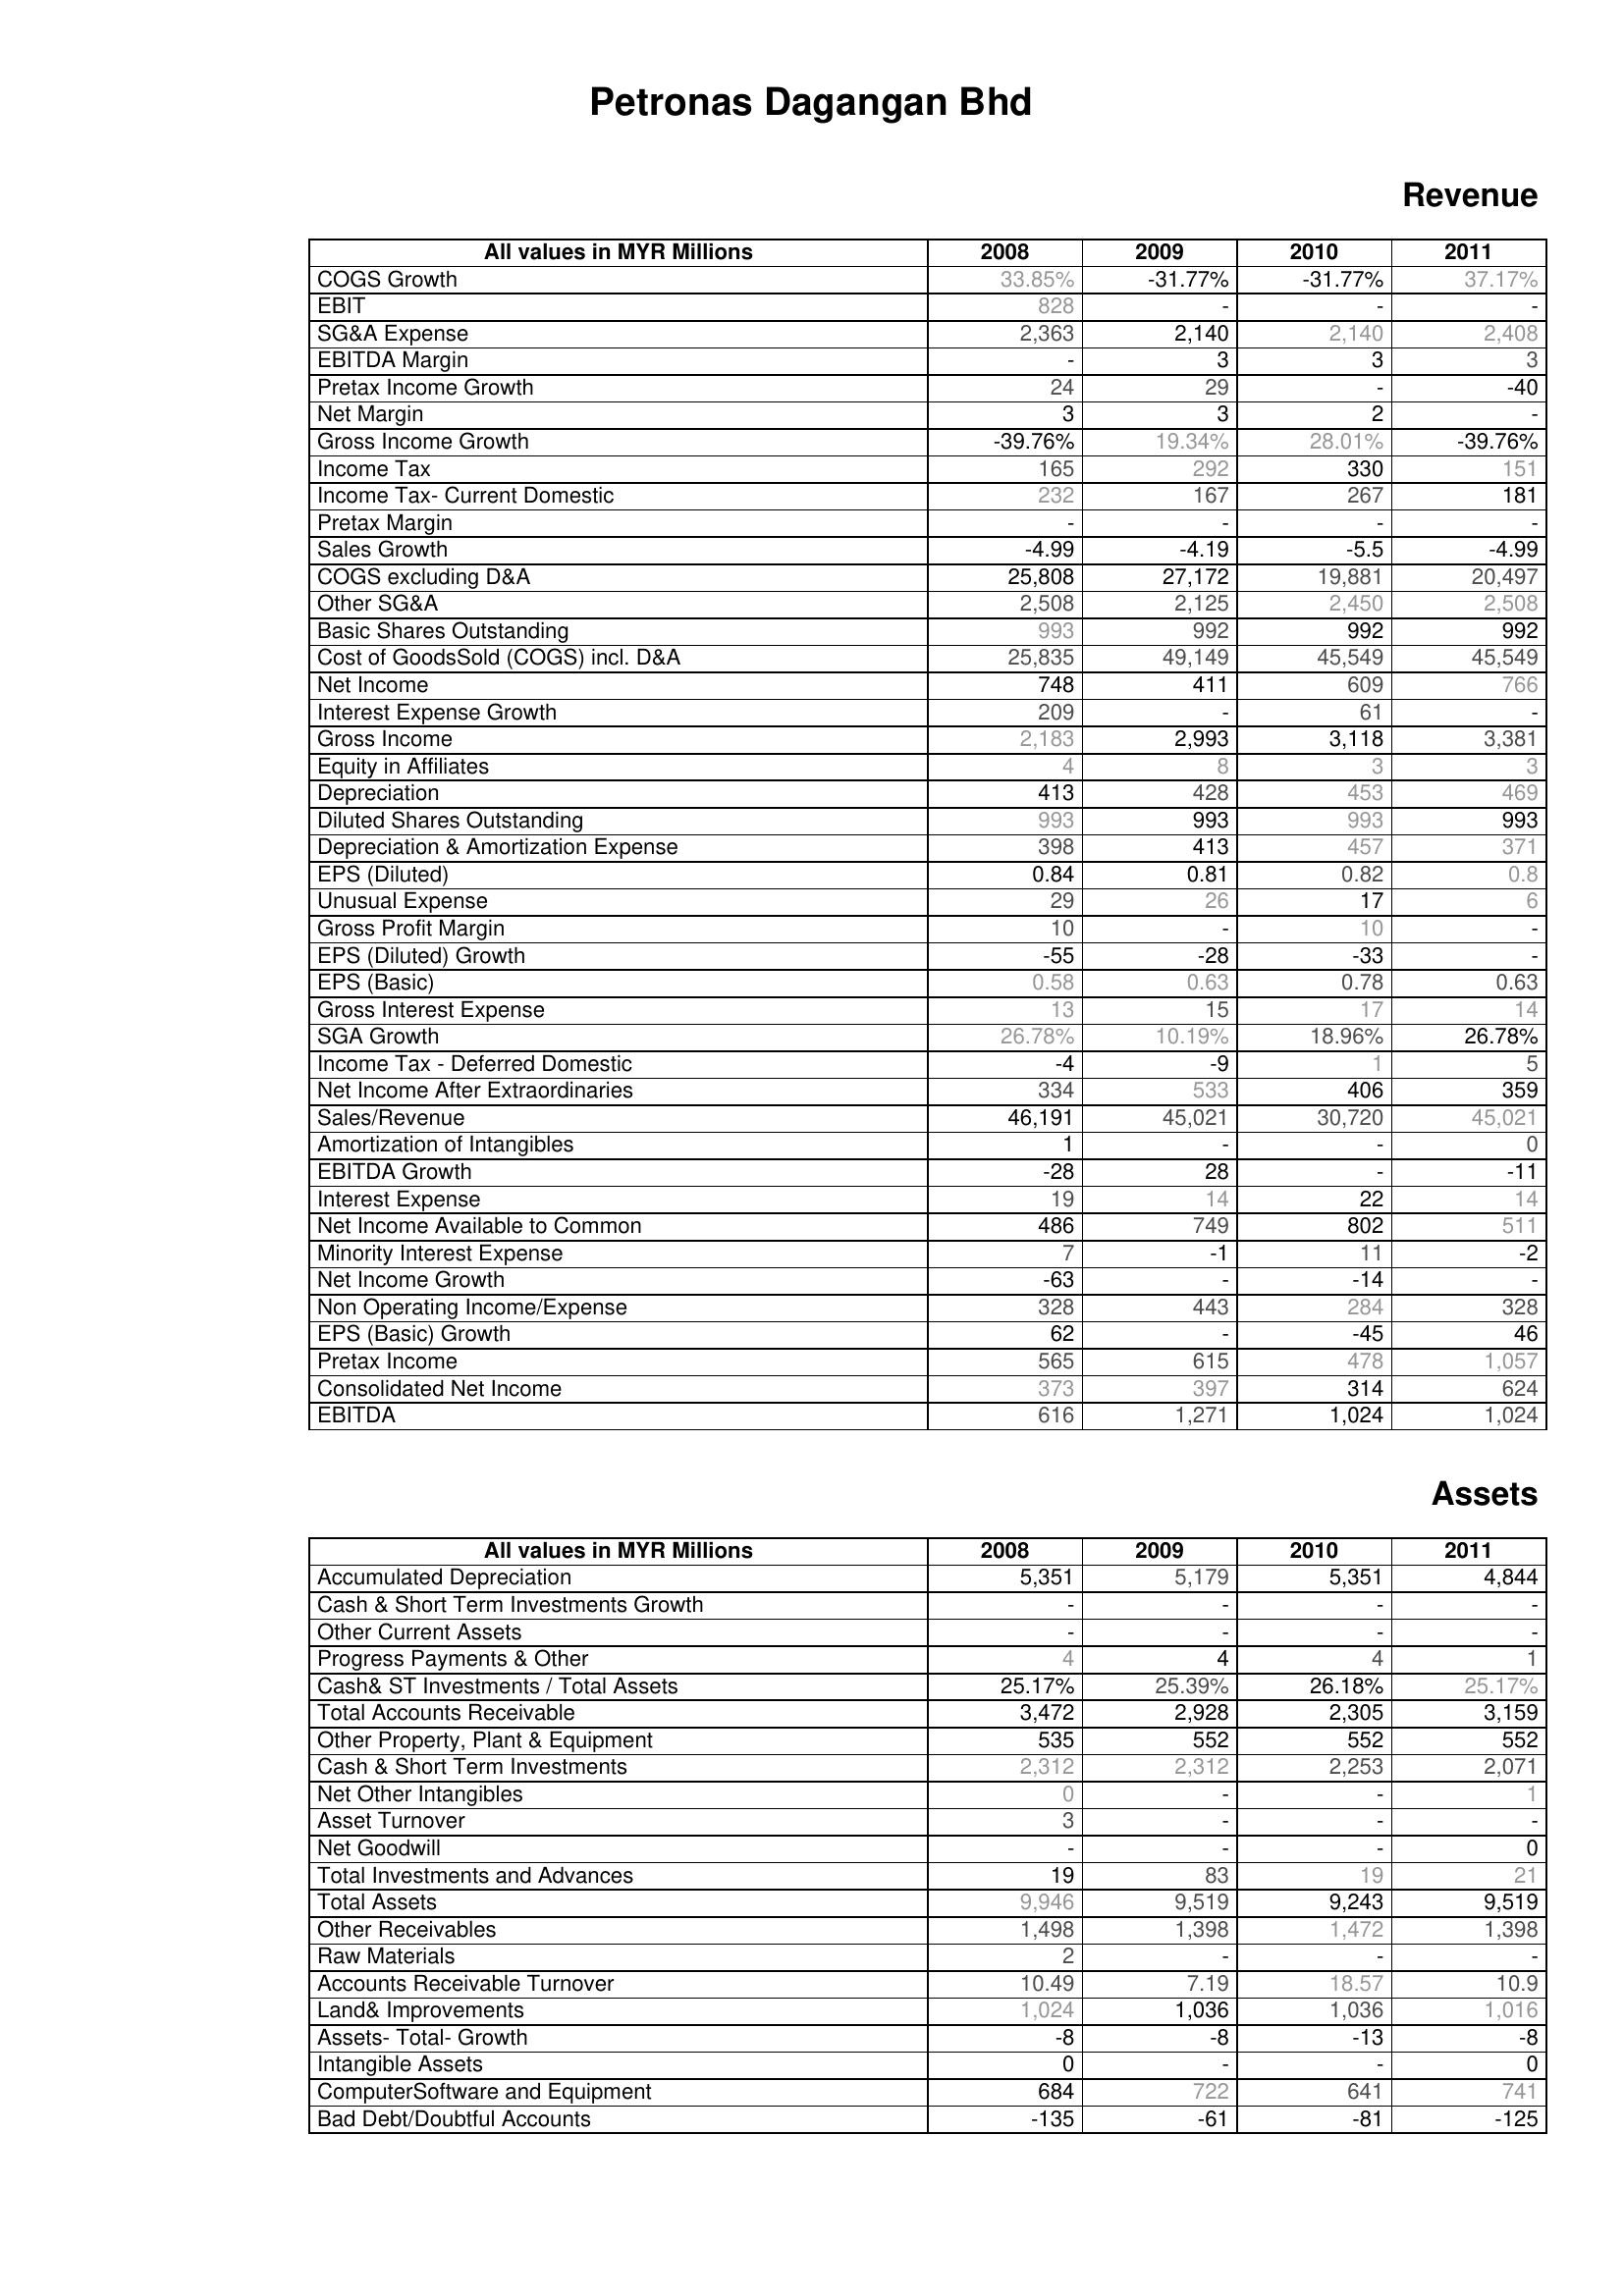
2008: Revenue: COGS Growth: 33.85%
EBIT: 828
SG&A Expense: 2,363
EBITDA Margin: -
Pretax Income Growth: 24
Net Margin: 3
Gross Income Growth: -39.76%
Income Tax: 165
Income Tax- Current Domestic: 232
Pretax Margin: -
Sales Growth: -4.99
COGS excluding D&A: 25,808
Other SG&A: 2,508
Basic Shares Outstanding: 993
Cost of GoodsSold (COGS) incl. D&A: 25,835
Net Income: 748
Interest Expense Growth: 209
Gross Income: 2,183
Equity in Affiliates: 4
Depreciation: 413
Diluted Shares Outstanding: 993
Depreciation & Amortization Expense: 398
EPS (Diluted): 0.84
Unusual Expense: 29
Gross Profit Margin: 10
EPS (Diluted) Growth: -55
EPS (Basic): 0.58
Gross Interest Expense: 13
SGA Growth: 26.78%
Income Tax - Deferred Domestic: -4
Net Income After Extraordinaries: 334
Sales/Revenue: 46,191
Amortization of Intangibles: 1
EBITDA Growth: -28
Interest Expense: 19
Net Income Available to Common: 486
Minority Interest Expense: 7
Net Income Growth: -63
Non Operating Income/Expense: 328
EPS (Basic) Growth: 62
Pretax Income: 565
Consolidated Net Income: 373
EBITDA: 616
Assets: Accumulated Depreciation: 5,351
Cash & Short Term Investments Growth: -
Other Current Assets: -
Progress Payments & Other: 4
Cash& ST Investments / Total Assets: 25.17%
Total Accounts Receivable: 3,472
Other Property, Plant & Equipment: 535
Cash & Short Term Investments: 2,312
Net Other Intangibles: 0
Asset Turnover: 3
Net Goodwill: -
Total Investments and Advances: 19
Total Assets: 9,946
Other Receivables: 1,498
Raw Materials: 2
Accounts Receivable Turnover: 10.49
Land& Improvements: 1,024
Assets- Total- Growth: -8
Intangible Assets: 0
ComputerSoftware and Equipment: 684
Bad Debt/Doubtful Accounts: -135
2009: Revenue: COGS Growth: -31.77%
EBIT: -
SG&A Expense: 2,140
EBITDA Margin: 3
Pretax Income Growth: 29
Net Margin: 3
Gross Income Growth: 19.34%
Income Tax: 292
Income Tax- Current Domestic: 167
Pretax Margin: -
Sales Growth: -4.19
COGS excluding D&A: 27,172
Other SG&A: 2,125
Basic Shares Outstanding: 992
Cost of GoodsSold (COGS) incl. D&A: 49,149
Net Income: 411
Interest Expense Growth: -
Gross Income: 2,993
Equity in Affiliates: 8
Depreciation: 428
Diluted Shares Outstanding: 993
Depreciation & Amortization Expense: 413
EPS (Diluted): 0.81
Unusual Expense: 26
Gross Profit Margin: -
EPS (Diluted) Growth: -28
EPS (Basic): 0.63
Gross Interest Expense: 15
SGA Growth: 10.19%
Income Tax - Deferred Domestic: -9
Net Income After Extraordinaries: 533
Sales/Revenue: 45,021
Amortization of Intangibles: -
EBITDA Growth: 28
Interest Expense: 14
Net Income Available to Common: 749
Minority Interest Expense: -1
Net Income Growth: -
Non Operating Income/Expense: 443
EPS (Basic) Growth: -
Pretax Income: 615
Consolidated Net Income: 397
EBITDA: 1,271
Assets: Accumulated Depreciation: 5,179
Cash & Short Term Investments Growth: -
Other Current Assets: -
Progress Payments & Other: 4
Cash& ST Investments / Total Assets: 25.39%
Total Accounts Receivable: 2,928
Other Property, Plant & Equipment: 552
Cash & Short Term Investments: 2,312
Net Other Intangibles: -
Asset Turnover: -
Net Goodwill: -
Total Investments and Advances: 83
Total Assets: 9,519
Other Receivables: 1,398
Raw Materials: -
Accounts Receivable Turnover: 7.19
Land& Improvements: 1,036
Assets- Total- Growth: -8
Intangible Assets: -
ComputerSoftware and Equipment: 722
Bad Debt/Doubtful Accounts: -61
2010: Revenue: COGS Growth: -31.77%
EBIT: -
SG&A Expense: 2,140
EBITDA Margin: 3
Pretax Income Growth: -
Net Margin: 2
Gross Income Growth: 28.01%
Income Tax: 330
Income Tax- Current Domestic: 267
Pretax Margin: -
Sales Growth: -5.5
COGS excluding D&A: 19,881
Other SG&A: 2,450
Basic Shares Outstanding: 992
Cost of GoodsSold (COGS) incl. D&A: 45,549
Net Income: 609
Interest Expense Growth: 61
Gross Income: 3,118
Equity in Affiliates: 3
Depreciation: 453
Diluted Shares Outstanding: 993
Depreciation & Amortization Expense: 457
EPS (Diluted): 0.82
Unusual Expense: 17
Gross Profit Margin: 10
EPS (Diluted) Growth: -33
EPS (Basic): 0.78
Gross Interest Expense: 17
SGA Growth: 18.96%
Income Tax - Deferred Domestic: 1
Net Income After Extraordinaries: 406
Sales/Revenue: 30,720
Amortization of Intangibles: -
EBITDA Growth: -
Interest Expense: 22
Net Income Available to Common: 802
Minority Interest Expense: 11
Net Income Growth: -14
Non Operating Income/Expense: 284
EPS (Basic) Growth: -45
Pretax Income: 478
Consolidated Net Income: 314
EBITDA: 1,024
Assets: Accumulated Depreciation: 5,351
Cash & Short Term Investments Growth: -
Other Current Assets: -
Progress Payments & Other: 4
Cash& ST Investments / Total Assets: 26.18%
Total Accounts Receivable: 2,305
Other Property, Plant & Equipment: 552
Cash & Short Term Investments: 2,253
Net Other Intangibles: -
Asset Turnover: -
Net Goodwill: -
Total Investments and Advances: 19
Total Assets: 9,243
Other Receivables: 1,472
Raw Materials: -
Accounts Receivable Turnover: 18.57
Land& Improvements: 1,036
Assets- Total- Growth: -13
Intangible Assets: -
ComputerSoftware and Equipment: 641
Bad Debt/Doubtful Accounts: -81
2011: Revenue: COGS Growth: 37.17%
EBIT: -
SG&A Expense: 2,408
EBITDA Margin: 3
Pretax Income Growth: -40
Net Margin: -
Gross Income Growth: -39.76%
Income Tax: 151
Income Tax- Current Domestic: 181
Pretax Margin: -
Sales Growth: -4.99
COGS excluding D&A: 20,497
Other SG&A: 2,508
Basic Shares Outstanding: 992
Cost of GoodsSold (COGS) incl. D&A: 45,549
Net Income: 766
Interest Expense Growth: -
Gross Income: 3,381
Equity in Affiliates: 3
Depreciation: 469
Diluted Shares Outstanding: 993
Depreciation & Amortization Expense: 371
EPS (Diluted): 0.8
Unusual Expense: 6
Gross Profit Margin: -
EPS (Diluted) Growth: -
EPS (Basic): 0.63
Gross Interest Expense: 14
SGA Growth: 26.78%
Income Tax - Deferred Domestic: 5
Net Income After Extraordinaries: 359
Sales/Revenue: 45,021
Amortization of Intangibles: 0
EBITDA Growth: -11
Interest Expense: 14
Net Income Available to Common: 511
Minority Interest Expense: -2
Net Income Growth: -
Non Operating Income/Expense: 328
EPS (Basic) Growth: 46
Pretax Income: 1,057
Consolidated Net Income: 624
EBITDA: 1,024
Assets: Accumulated Depreciation: 4,844
Cash & Short Term Investments Growth: -
Other Current Assets: -
Progress Payments & Other: 1
Cash& ST Investments / Total Assets: 25.17%
Total Accounts Receivable: 3,159
Other Property, Plant & Equipment: 552
Cash & Short Term Investments: 2,071
Net Other Intangibles: 1
Asset Turnover: -
Net Goodwill: 0
Total Investments and Advances: 21
Total Assets: 9,519
Other Receivables: 1,398
Raw Materials: -
Accounts Receivable Turnover: 10.9
Land& Improvements: 1,016
Assets- Total- Growth: -8
Intangible Assets: 0
ComputerSoftware and Equipment: 741
Bad Debt/Doubtful Accounts: -125